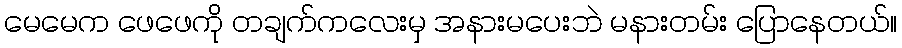
မေမေက ဖေဖေကို တချက်ကလေးမှ အနားမပေးဘဲ မနားတမ်း ပြောနေတယ်။